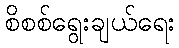
စိစစ်ရွေးချယ်ရေး